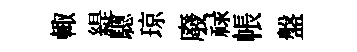
輙緹驄琼廢禄帳盤